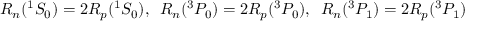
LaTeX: R _ { n } ( { } ^ { 1 } S _ { 0 } ) = 2 R _ { p } ( { } ^ { 1 } S _ { 0 } ) , \, \, \, R _ { n } ( { } ^ { 3 } P _ { 0 } ) = 2 R _ { p } ( ^ { 3 } P _ { 0 } ) , \, \, \, R _ { n } ( { } ^ { 3 } P _ { 1 } ) = 2 R _ { p } ( { } ^ { 3 } P _ { 1 } )